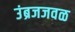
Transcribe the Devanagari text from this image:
उंब्रजजवळ